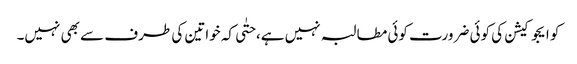
کو ایجوکیشن کی کوئی ضرورت کوئی مطالبہ نہیں ہے، حتٰی کہ خواتین کی طرف سے بھی نہیں۔